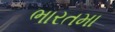
ભારતમા